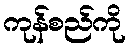
ကုန်စည်ကို